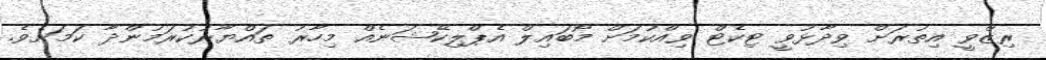
ރިޒްވީ އިތުރަށް ވިދާޅުވީ ޓިކެޓް ވިއްކުމަށް މޯބައިލް އެޕްލިކޭޝަނެއް މިހާރު ތައްޔާރުކުރަމުންދާ ކަމަށެވެ.